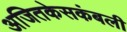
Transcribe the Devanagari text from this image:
अजितकेसकंबली